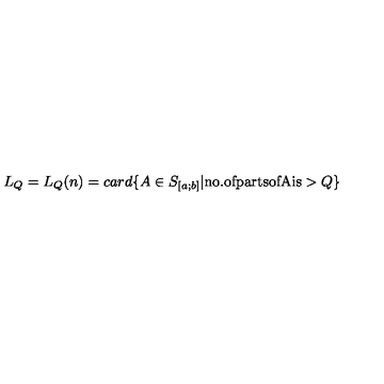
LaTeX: L _ { Q } = L _ { Q } ( n ) = c a r d \{ A \in S _ { [ a ; b ] } | \mathrm { n o . o f p a r t s o f A i s } > Q \}